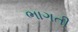
ભાગતી